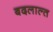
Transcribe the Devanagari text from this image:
बदलाल्त